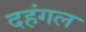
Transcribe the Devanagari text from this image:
दहंगल